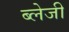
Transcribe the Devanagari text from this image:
ब्लेजी